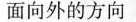
面向外的方向